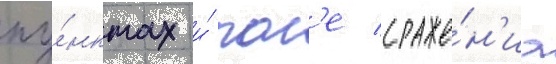
пу́нктах и́ пол'е сраже́н'иа